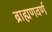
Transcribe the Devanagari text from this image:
ब्राह्मणवर्ण